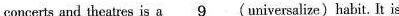
concerts and theatres is a\underline{9}(universalize)habit. It is